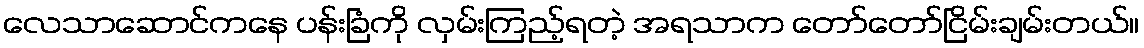
လေသာဆောင်ကနေ ပန်းခြံကို လှမ်းကြည့်ရတဲ့ အရသာက တော်တော်ငြိမ်းချမ်းတယ်။